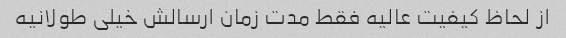
از لحاظ کیفیت عالیه فقط مدت زمان ارسالش خیلی طولانیه